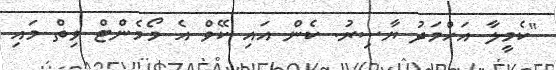
"ކެމީލާ އަހްމަދު ޔާސިރު. ކެން އައި ކޭވް އެ މޯމެންޓް ވިތް މައި